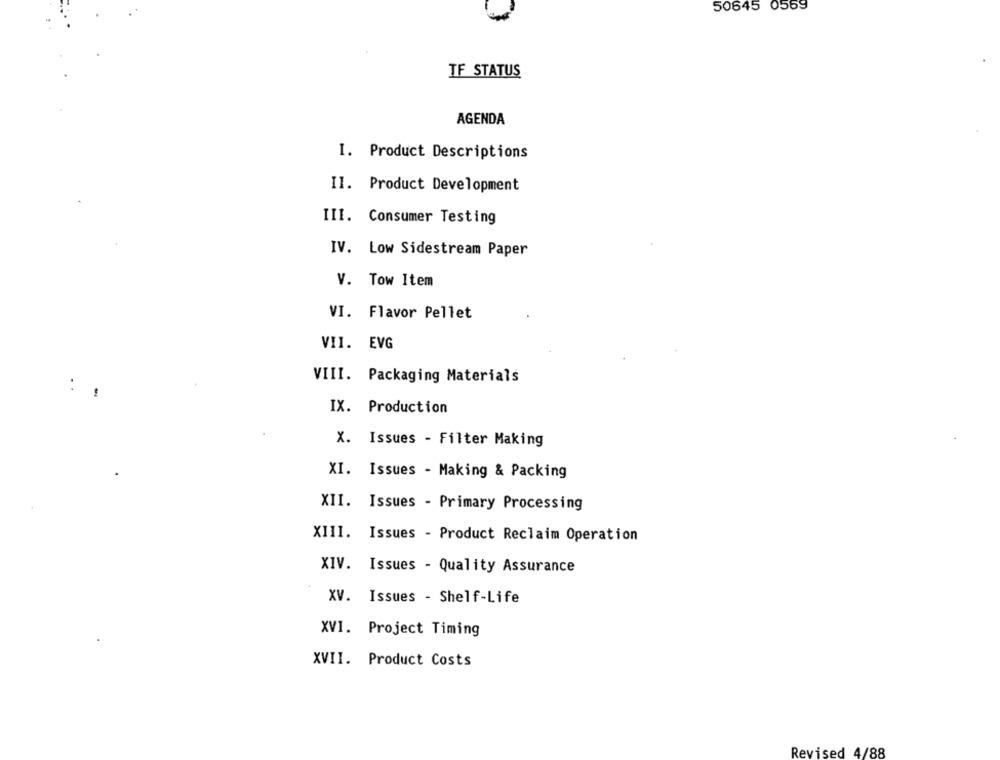
50645 0569
TF STATUS
AGENDA
I. Product Descriptions
II. Product Development
III. Consumer Testing
IV. Low Sidestream Paper
V. Tow Item
VI. Flavor Pellet
VII. EVG
VIII. Packaging Materials
IX. Production
X. Issues - Filter Making
XI. Issues - Making & Packing
XII. Issues - Primary Processing
XIII. Issues - Product Reclaim Operation
XIV. Issues - Quality Assurance
XV. Issues - Shelf-Life
XVI. Project Timing
XVII. Product Costs
Revised 4/88